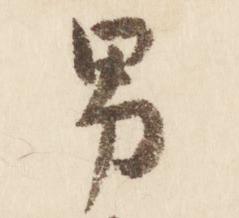
男